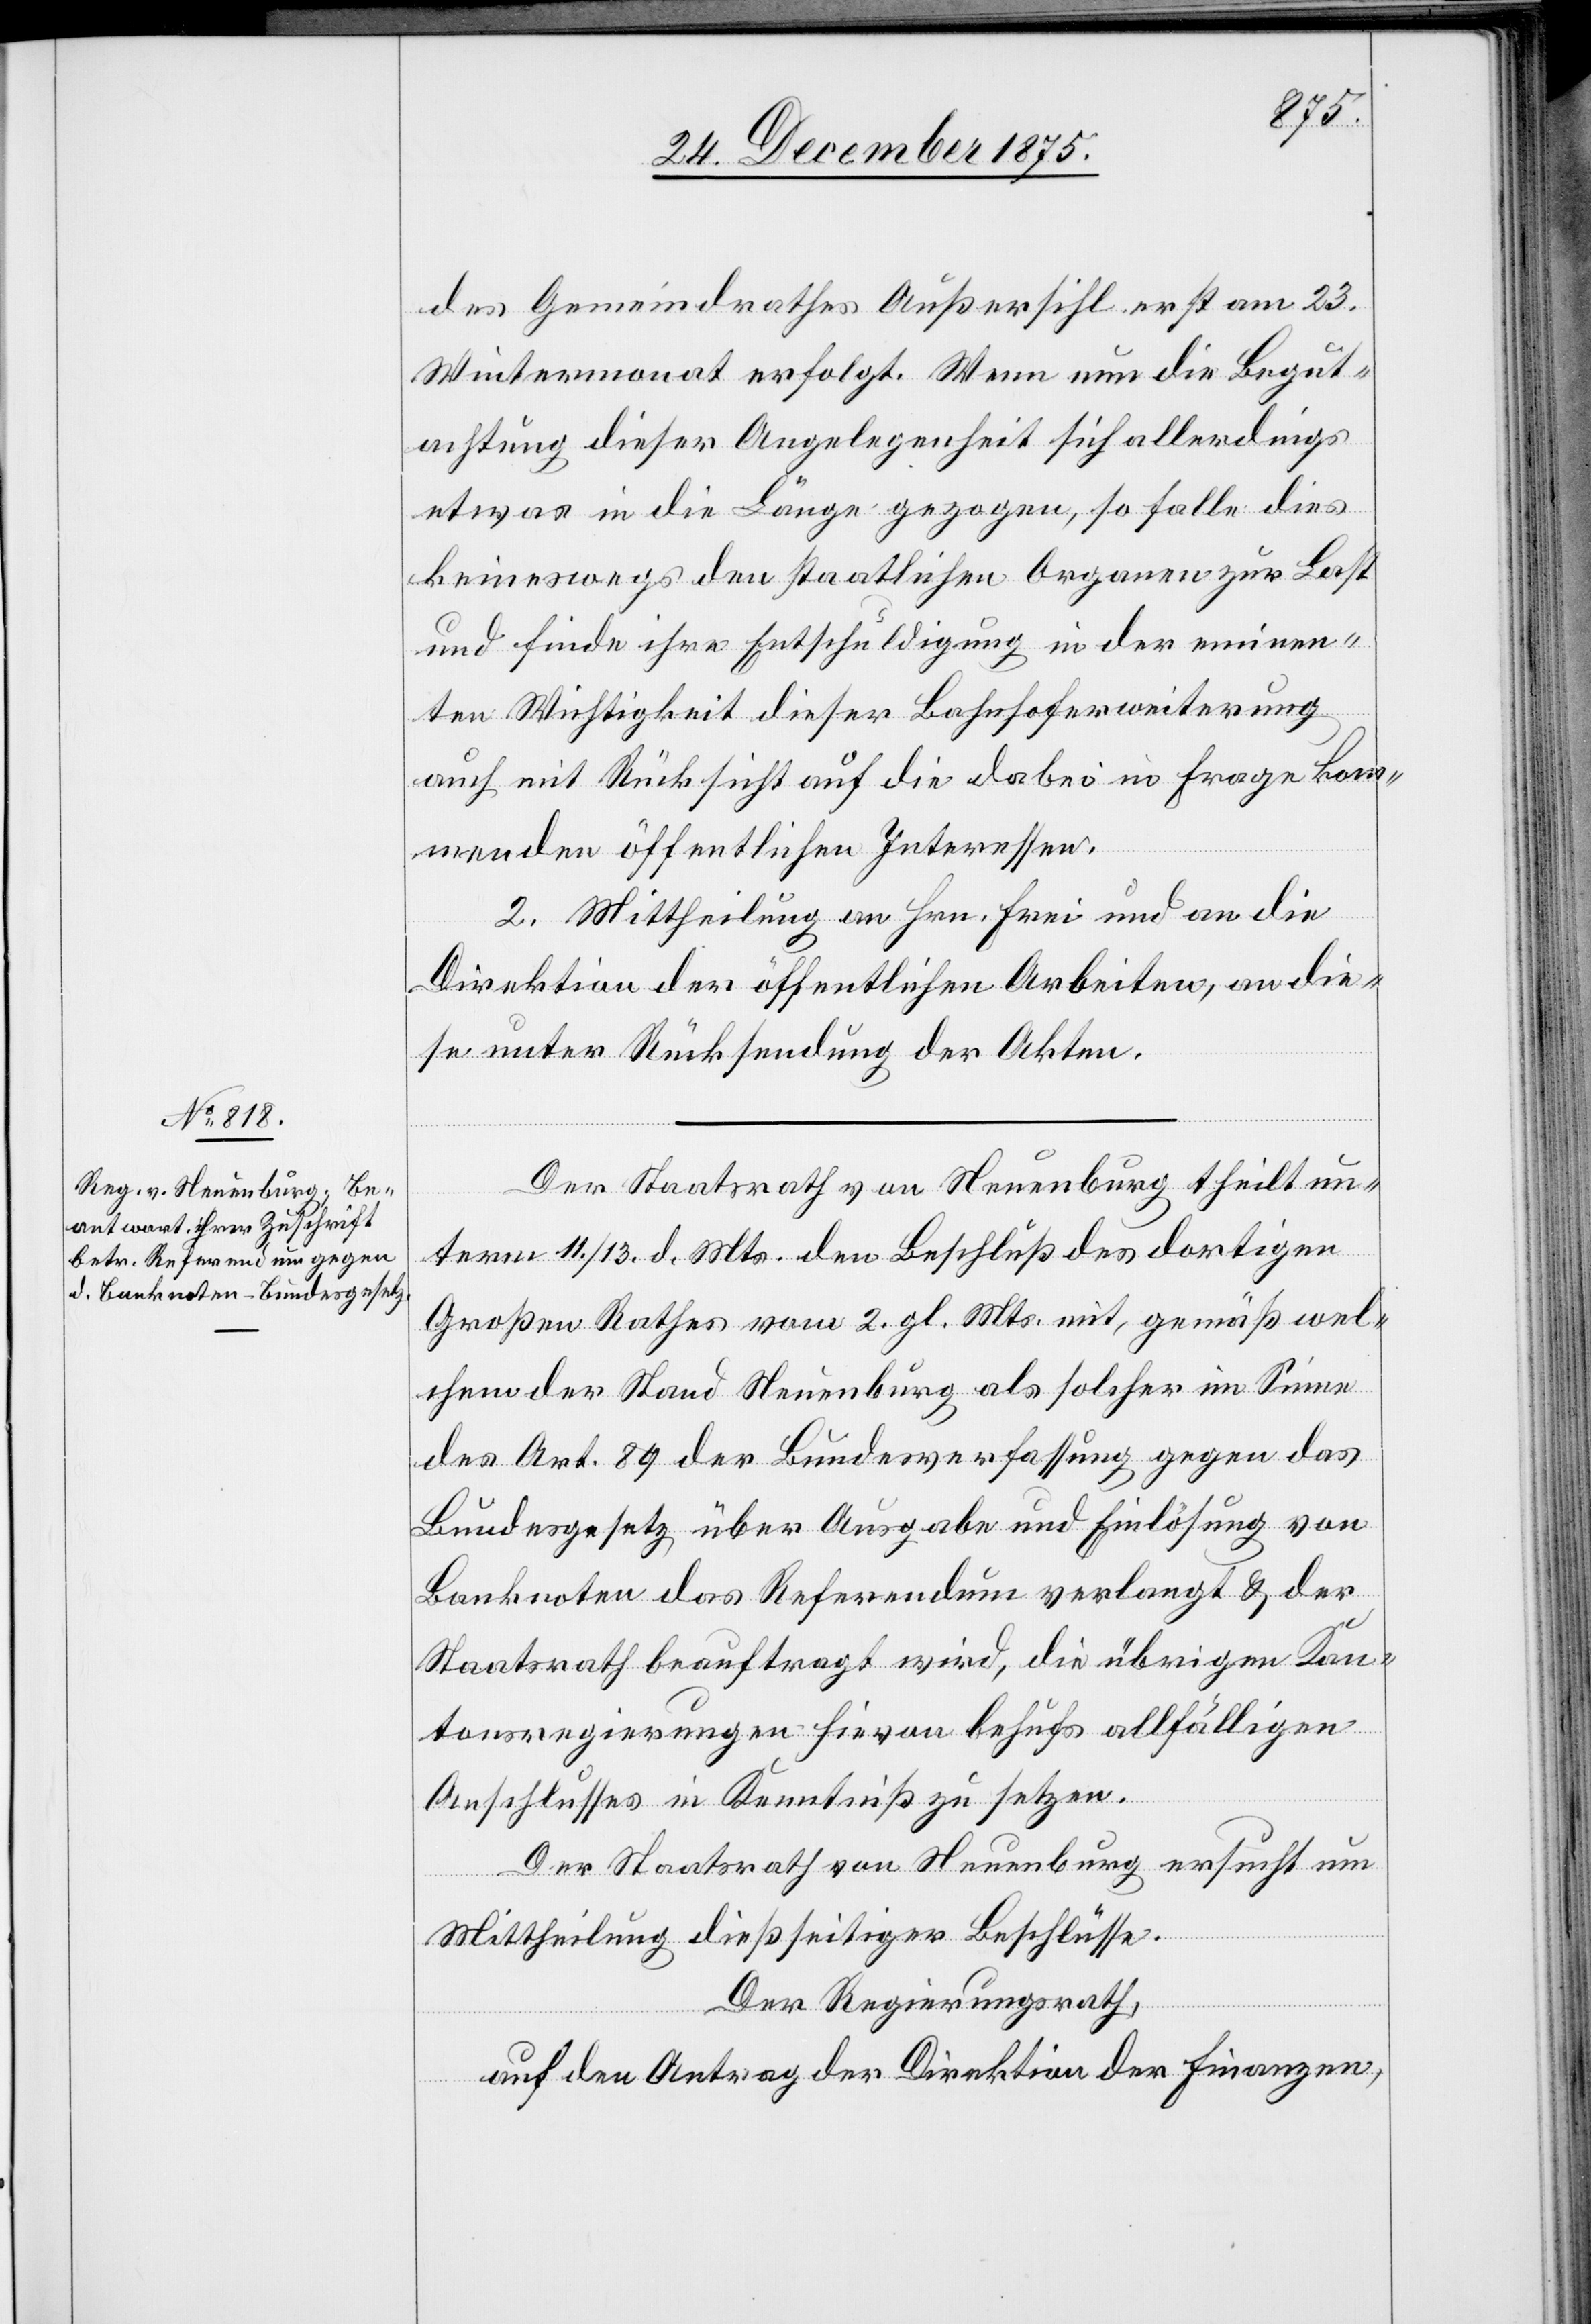
des Gemeindrathes Außersihl erst am 23.
Wintermonat erfolgt. Wenn nun die Begut¬
achtung dieser Angelegenheit sich allerdings
etwas in die Länge gezogen, so falle dies
keineswegs den staatlichen Organen zur Last
und finde ihre Entschuldigung in der eminen¬
ten Wichtigkeit dieser Bahnhoferweiterung
auch mit Rücksicht auf die dabei in Frage kom¬
menden öffentlichen Interessen.
2. Mittheilung an Hrn. Frei und an die
Direktion der öffentlichen Arbeiten, an die¬
se unter Rücksendung der Akten.
Der Staatsrath von Neuenburg theilt un¬
term 11./13. d. Mts. den Beschluss des dortigen
Großen Rathes vom 2. gl. Mts mit, gemäß wel¬
chem der Stand Neuenburg als solcher im Sinne
des Art. 89 der Bundesverfassung gegen das
Bundesgesetz, über Ausgabe und Einlösung von
Banknoten das Referendum verlangt & der
Staatsrath beauftragt wird, die übrigen Kan¬
tonsregierungen hievon behufs allfälligen
Anschlusses in Kenntniß zu setzen.
Der Staatsrath von Neuenburg ersucht um
Mittheilungen dießseitiger Beschlüsse.
Der Regierungsrath,
auf den Antrag der Direktion der Finanzen,